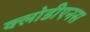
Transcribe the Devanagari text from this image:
क्लोडीएनस